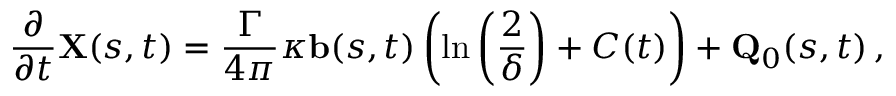
\frac { \partial } { \partial t } \mathbf { X } ( s , t ) = \frac { \Gamma } { 4 \pi } \kappa \mathbf { b } ( s , t ) \left( \ln \left( \frac { 2 } { \delta } \right) + C ( t ) \right) + \mathbf { Q } _ { 0 } ( s , t ) \, ,